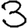
Digit: 3